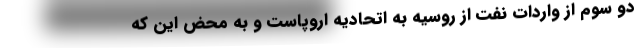
دو سوم از واردات نفت از روسیه به اتحادیه اروپاست و به محض این که